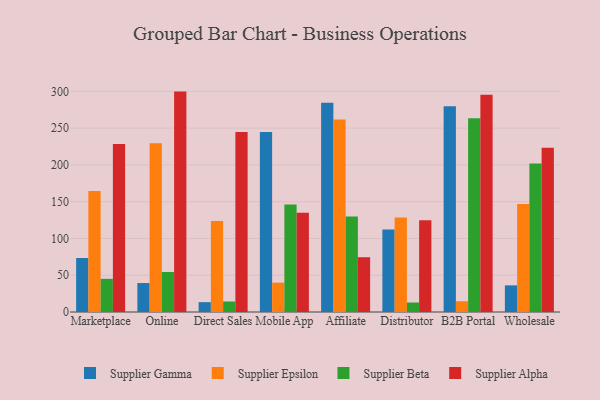
{"axis": {"x": "Channel", "y": "Humidity (%)"}, "legend": ["Supplier Alpha", "Supplier Beta", "Supplier Epsilon", "Supplier Gamma"], "data": [{"x": "Marketplace", "y": 73.4, "type": "Supplier Gamma"}, {"x": "Marketplace", "y": 164.4, "type": "Supplier Epsilon"}, {"x": "Marketplace", "y": 45.1, "type": "Supplier Beta"}, {"x": "Marketplace", "y": 228.3, "type": "Supplier Alpha"}, {"x": "Online", "y": 39.4, "type": "Supplier Gamma"}, {"x": "Online", "y": 229.4, "type": "Supplier Epsilon"}, {"x": "Online", "y": 54.4, "type": "Supplier Beta"}, {"x": "Online", "y": 299.7, "type": "Supplier Alpha"}, {"x": "Direct Sales", "y": 13.4, "type": "Supplier Gamma"}, {"x": "Direct Sales", "y": 123.6, "type": "Supplier Epsilon"}, {"x": "Direct Sales", "y": 14.3, "type": "Supplier Beta"}, {"x": "Direct Sales", "y": 244.7, "type": "Supplier Alpha"}, {"x": "Mobile App", "y": 244.8, "type": "Supplier Gamma"}, {"x": "Mobile App", "y": 39.9, "type": "Supplier Epsilon"}, {"x": "Mobile App", "y": 146.2, "type": "Supplier Beta"}, {"x": "Mobile App", "y": 135.0, "type": "Supplier Alpha"}, {"x": "Affiliate", "y": 284.5, "type": "Supplier Gamma"}, {"x": "Affiliate", "y": 261.6, "type": "Supplier Epsilon"}, {"x": "Affiliate", "y": 129.8, "type": "Supplier Beta"}, {"x": "Affiliate", "y": 74.5, "type": "Supplier Alpha"}, {"x": "Distributor", "y": 112.3, "type": "Supplier Gamma"}, {"x": "Distributor", "y": 128.6, "type": "Supplier Epsilon"}, {"x": "Distributor", "y": 12.9, "type": "Supplier Beta"}, {"x": "Distributor", "y": 124.7, "type": "Supplier Alpha"}, {"x": "B2B Portal", "y": 279.8, "type": "Supplier Gamma"}, {"x": "B2B Portal", "y": 14.6, "type": "Supplier Epsilon"}, {"x": "B2B Portal", "y": 263.4, "type": "Supplier Beta"}, {"x": "B2B Portal", "y": 295.4, "type": "Supplier Alpha"}, {"x": "Wholesale", "y": 36.2, "type": "Supplier Gamma"}, {"x": "Wholesale", "y": 147.0, "type": "Supplier Epsilon"}, {"x": "Wholesale", "y": 202.0, "type": "Supplier Beta"}, {"x": "Wholesale", "y": 223.5, "type": "Supplier Alpha"}]}